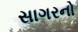
સાગરનો